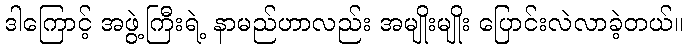
ဒါကြောင့် အဖွဲ့ကြီးရဲ့ နာမည်ဟာလည်း အမျိုးမျိုး ပြောင်းလဲလာခဲ့တယ်။